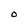
Character: O